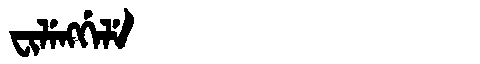
Manchu: ᠸᡳᠯᡝᠩᡤᡝᠯᡝ
Romanization: FILENGGELE